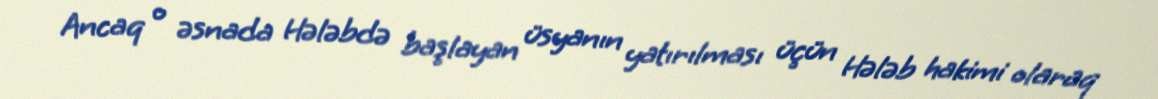
Ancaq o əsnada Hələbdə başlayan üsyanın yatırılması üçün Hələb hakimi olaraq